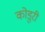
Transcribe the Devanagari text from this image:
कोडुरी